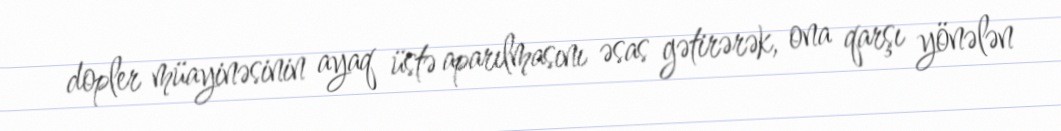
dopler müayinəsinin ayaq üstə aparılmasını əsas gətirərək, ona qarşı yönələn